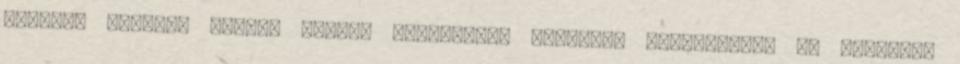
Moammer Kadhafi líbiai vezető ellenzékét tömörítő testületet. Az Átmeneti